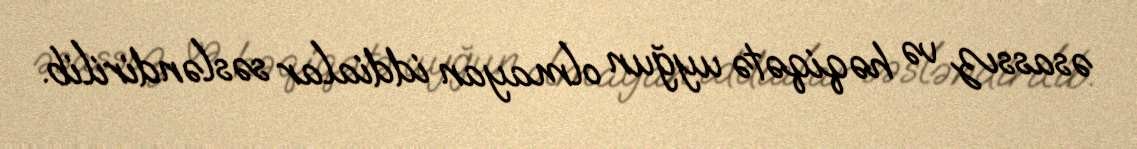
əsassız və həqiqətə uyğun olmayan iddialar səsləndirilib.